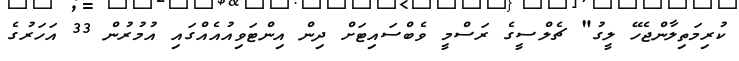
ކުރިމަތިލާންޖެހޭ ލީގު" ޗެލްސީގެ ރަސްމީ ވެބްސައިޓަށް ދިން އިންޓަވިއުއެއްގައި އުމުރުން 33 އަހަރުގެ